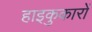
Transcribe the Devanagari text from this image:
हाइकुकारों